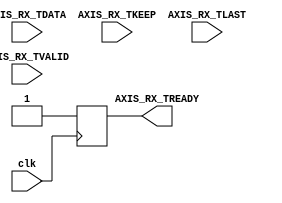
module data_consumer # (parameter DW=512)
(
    input           clk,

    input[DW-1:0]   AXIS_RX_TDATA,
    input[DW/8-1:0] AXIS_RX_TKEEP,
    input           AXIS_RX_TLAST,
    input           AXIS_RX_TVALID,
    output reg      AXIS_RX_TREADY 
);

always @(posedge clk) begin
    AXIS_RX_TREADY <= 1;
end

endmodule